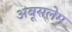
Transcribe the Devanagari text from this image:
अबूसलेम